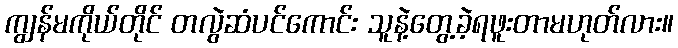
ကျွန်မကိုယ်တိုင် တလွဲဆံပင်ကောင်း သူနဲ့တွေ့ခဲ့ရဖူးတာမဟုတ်လား။